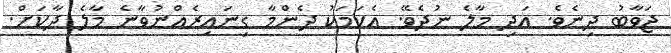
ޖަވާބު ދިނެވެ. އަދި މާލެ ނުދެވޭ. އެކަމަކު ދެންމާ ގިނައިރެއްނުވާނެ މާލެ ދާކަށް.